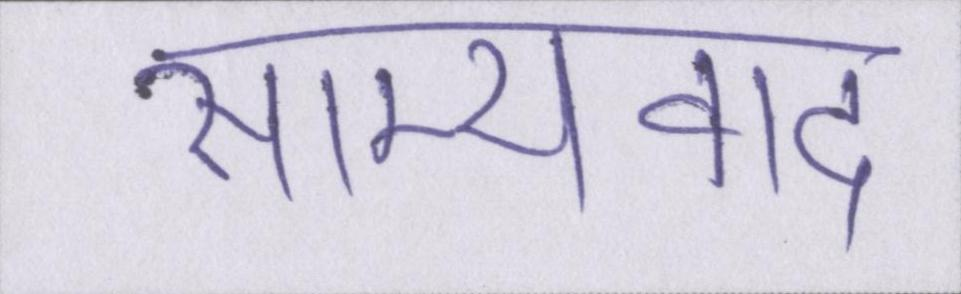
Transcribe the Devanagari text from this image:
साम्यवाद